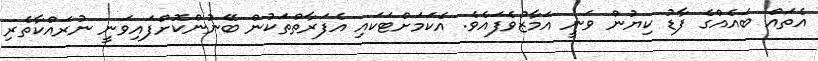
އެތައް ބައެއްގެ ފާޑު ކިޔުން ވަނީ އަމާޒުވެފައެވެ. އެކަމަށްޓަކައި އެފަރާތްތަކުން ބޭނުންކޮށްފައިވަނީ ނުރައްކާތެރި